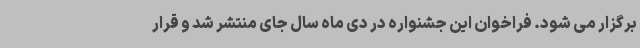
برگزار می شود. فراخوان این جشنواره در دی ماه سال جای منتشر شد و قرار